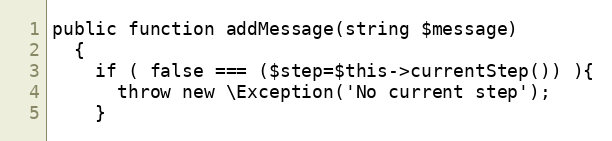
Language: PHP
public function addMessage(string $message)
  {
    if ( false === ($step=$this->currentStep()) ){
      throw new \Exception('No current step');
    }